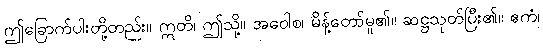
ဤခြောက်ပါးတို့တည်း။ ဣတိ၊ ဤသို့။ အဝေါစ၊ မိန့်တော်မူ၏။ ဆဋ္ဌသုတ်ပြီး၏။ ဧကံ၊